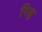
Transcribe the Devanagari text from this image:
गिळू